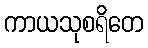
ကာယသုစရိတေ